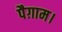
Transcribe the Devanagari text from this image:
पैग़ाम।